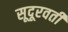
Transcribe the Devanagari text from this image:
सूदूरवर्ती